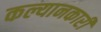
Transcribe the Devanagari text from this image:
कल्यानकारी